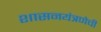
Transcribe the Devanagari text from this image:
शासनयंत्रणेची